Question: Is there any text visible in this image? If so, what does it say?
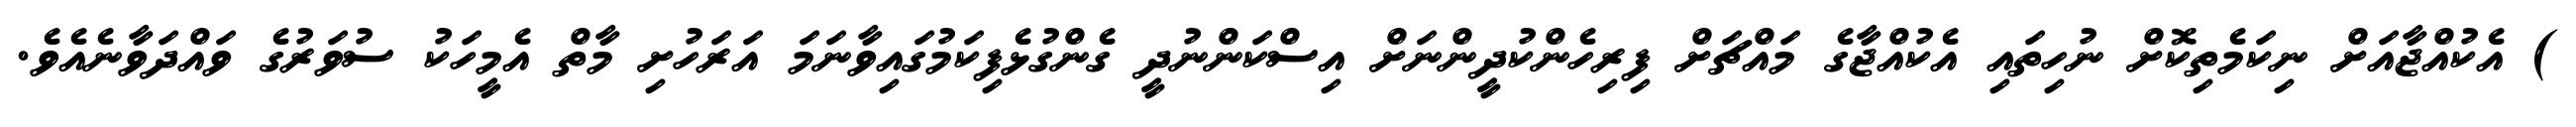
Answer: ) އެކުއްޖާއަށް ނިކަމެތިކޮށް ނުހިތައި އެކުއްޖާގެ މައްޗަށް ފިރިހެންކުދީންނަށް އިސްކަންނުދީ ގެންގުޅެފިކަމުގައިވާނަމަ އަރަހުށި މާތް އެމީހަކު ސުވަރުގެ ވައްދަވާނެއެވެ.